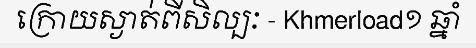
ក្រោយស្ងាត់ពីសិល្បៈ - Khmerload១ ឆ្នាំ